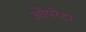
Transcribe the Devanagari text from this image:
ओपरेटा